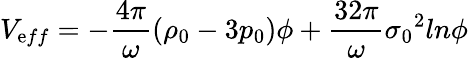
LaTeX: V_{\mathrm{e}ff}=-\frac{{4{\pi}}}{{\omega}}({\rho}_{0}-3p_{0}){\phi}+\frac{{32{\pi}}}{{\omega}}{{\sigma}_{0}}^{2}ln{\phi}